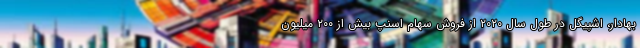
بهادار، اشپیگل در طول سال ۲۰۲۰ از فروش سهام اسنپ بیش از ۲۰۰ میلیون